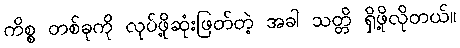
ကိစ္စ တစ်ခုကို လုပ်ဖို့ဆုံးဖြတ်တဲ့ အခါ သတ္တိ ရှိဖို့လိုတယ်။